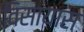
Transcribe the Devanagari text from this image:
विसायास